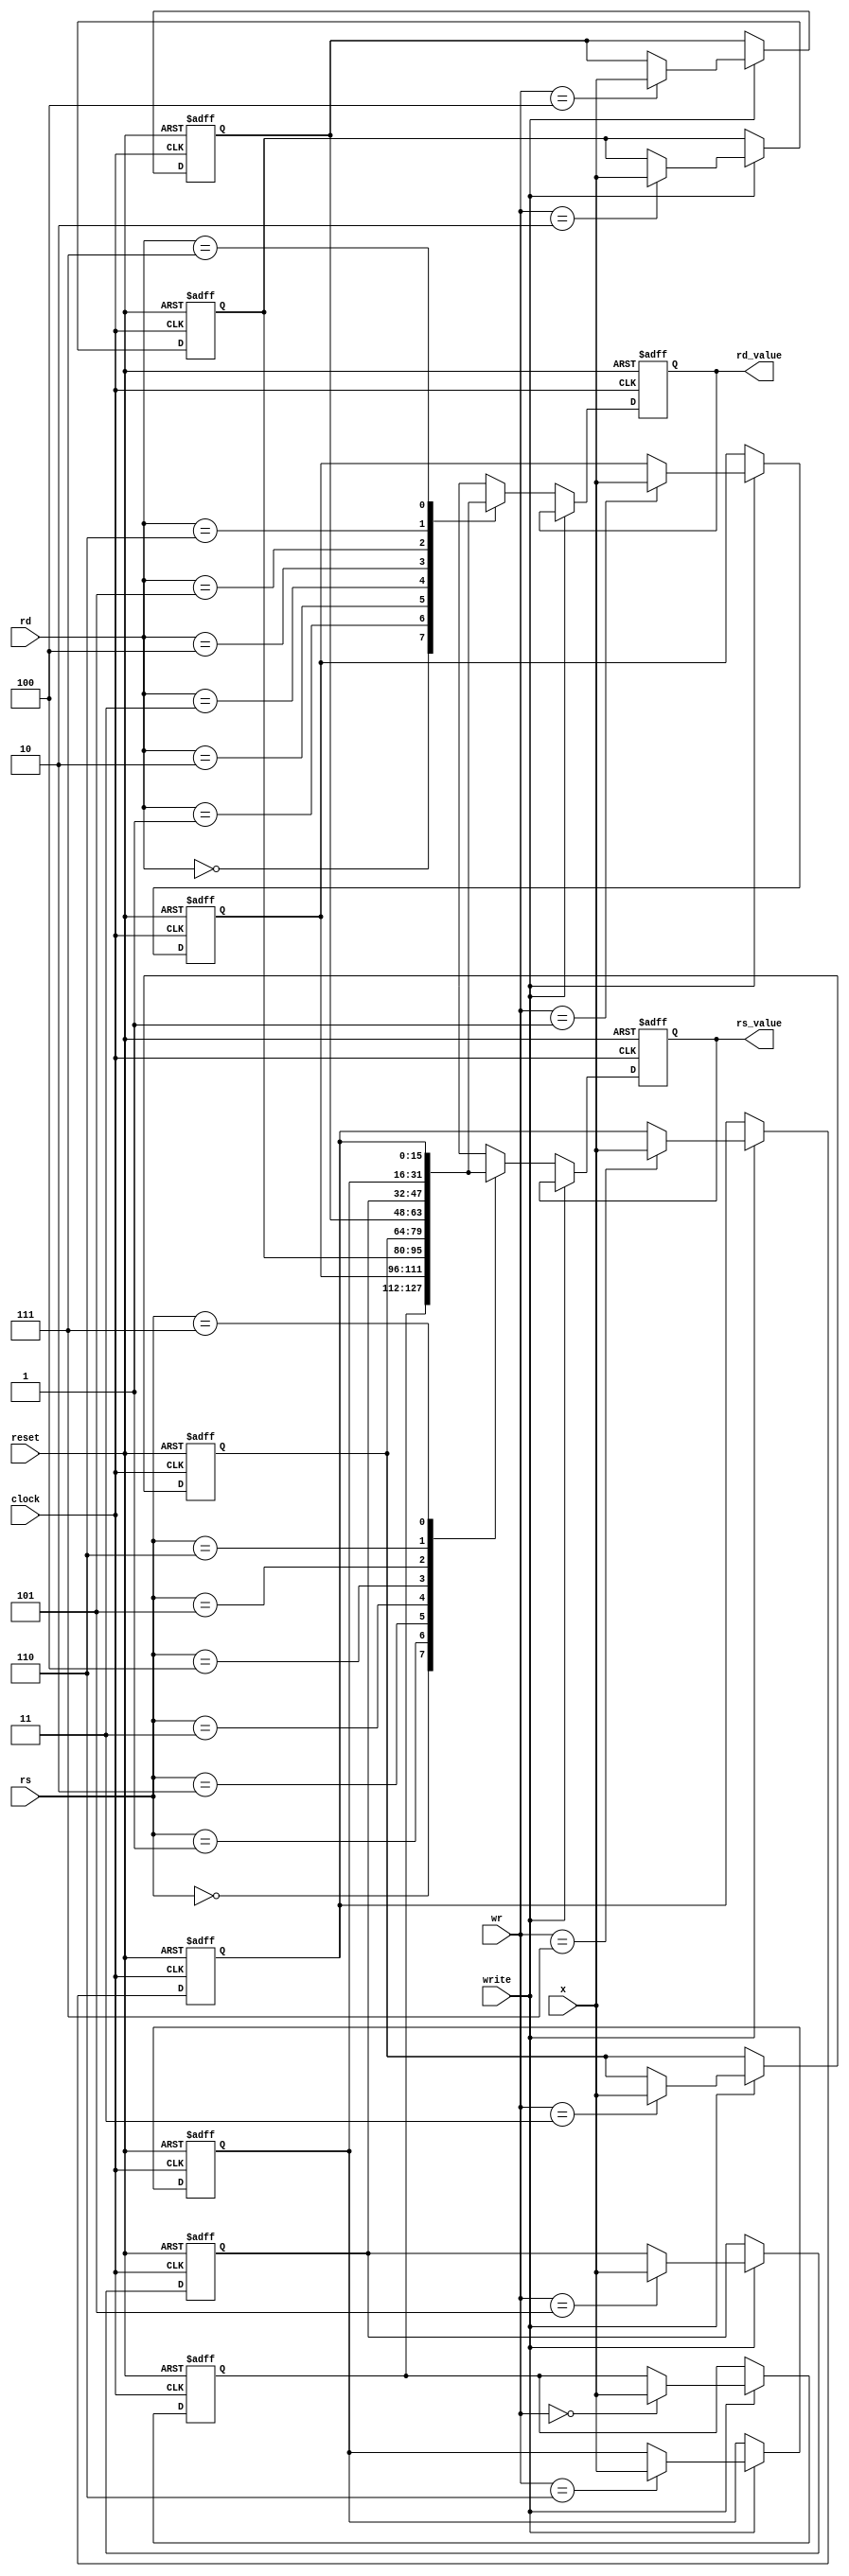

module general_register (
	input clock,
	input reset,
	input [2:0] rs,
	input [2:0] rd,
	input [2:0] wr, // written register
	input [15:0] x, // rd
	input write, // 
	output reg [15:0] rs_value, // rs
	output reg [15:0] rd_value // rd
//	output wire [15:0] register0,
//	output wire [15:0] register1,
//	output wire [15:0] register2,
//	output wire [15:0] register3,
//	output wire [15:0] register4,
//	output wire [15:0] register5,
//	output wire [15:0] register6,
//	output wire [15:0] register7
);

reg [15:0] registers [0:7]; 

//assign register0 = registers[0];
//assign register1 = registers[1];
//assign register2 = registers[2];
//assign register3 = registers[3];
//assign register4 = registers[4];
//assign register5 = registers[5];
//assign register6 = registers[6];
//assign register7 = registers[7];

always @(posedge clock or negedge reset)
begin 	
	if (reset == 1'b0)
	begin 		
		registers[0] <= 16'b0; 		
		registers[1] <= 16'b0; 		
		registers[2] <= 16'b0; 		
		registers[3] <= 16'b0; 		
		registers[4] <= 16'b0; 		
		registers[5] <= 16'b0; 		
		registers[6] <= 16'b0; 		
		registers[7] <= 16'b0; 	
		rs_value <= 16'b0;
		rd_value <= 16'b0;
	end else if (write == 1'b1) begin 		
		registers[wr] <= x;
	end else begin 		
		rs_value <= registers[rs]; 		
		rd_value <= registers[rd]; 	
	end 
end
endmodule